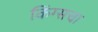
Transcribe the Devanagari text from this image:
किंग्सचा